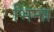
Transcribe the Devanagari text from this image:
भिन्न्न